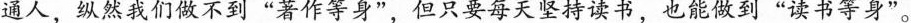
通人，纵然我们做不到”著作等身”，但只要每天坚持读书，也能做到”读书等身”。